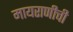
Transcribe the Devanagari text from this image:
मायराणीची